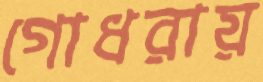
গোধরায়